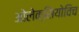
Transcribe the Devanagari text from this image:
ओलेक्सियोविच